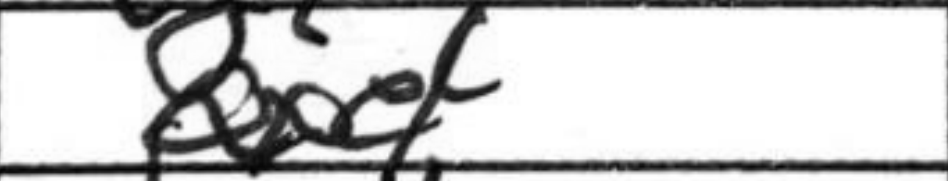
Transcription: Qxe4